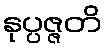
နုပ္ပဇ္ဇတိ